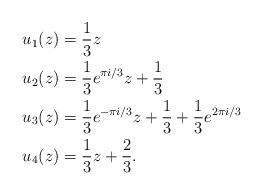
LaTeX: \begin{align*}u_1(z) &= \frac 13 z\\u_2(z) &= \frac 13 e^{\pi i/3} z + \frac 13\\u_3(z) &= \frac 13 e^{-\pi i/3} z + \frac 13 + \frac 13 e^{2\pi i/3}\\u_4(z) &= \frac 13 z + \frac 23.\end{align*}